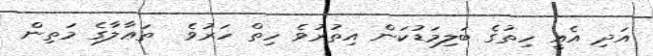
އަދި އެއީ ހިތުގެ ބަލިމަޑުކަން އިތުރުވެ ހިތް ހަރުވެ  ތަޢާލާގެ މަތިން